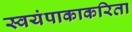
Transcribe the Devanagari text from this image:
स्वयंपाकाकरिता